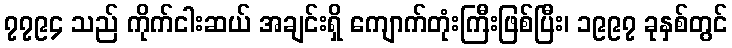
၇၇၉၄ သည် ကိုက်ငါးဆယ် အချင်းရှိ ကျောက်တုံးကြီးဖြစ်ပြီး၊ ၁၉၉၇ ခုနှစ်တွင်